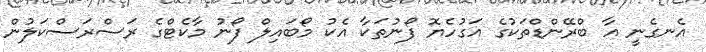
އެނގެނީ އާ ބްރޭންޑްތަކުގެ އަގުހެޔޮ ފޯނުތަކާ އެކު މޯބައިލް ފޯނު މާކެޓްގެ ރަސްރަސްކަލުން